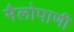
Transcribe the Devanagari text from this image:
मैलोपाणी